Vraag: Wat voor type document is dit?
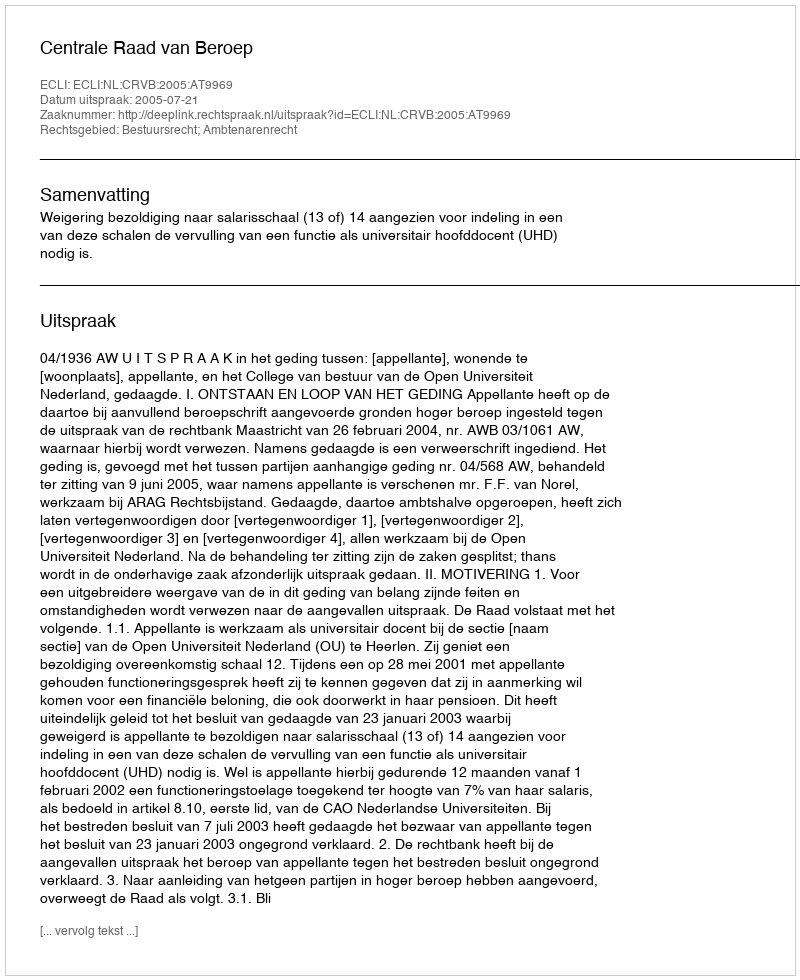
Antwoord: Uitspraak